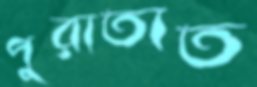
পুরাতাত